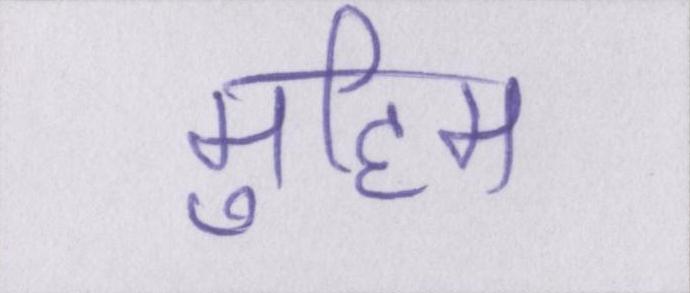
मुहिम